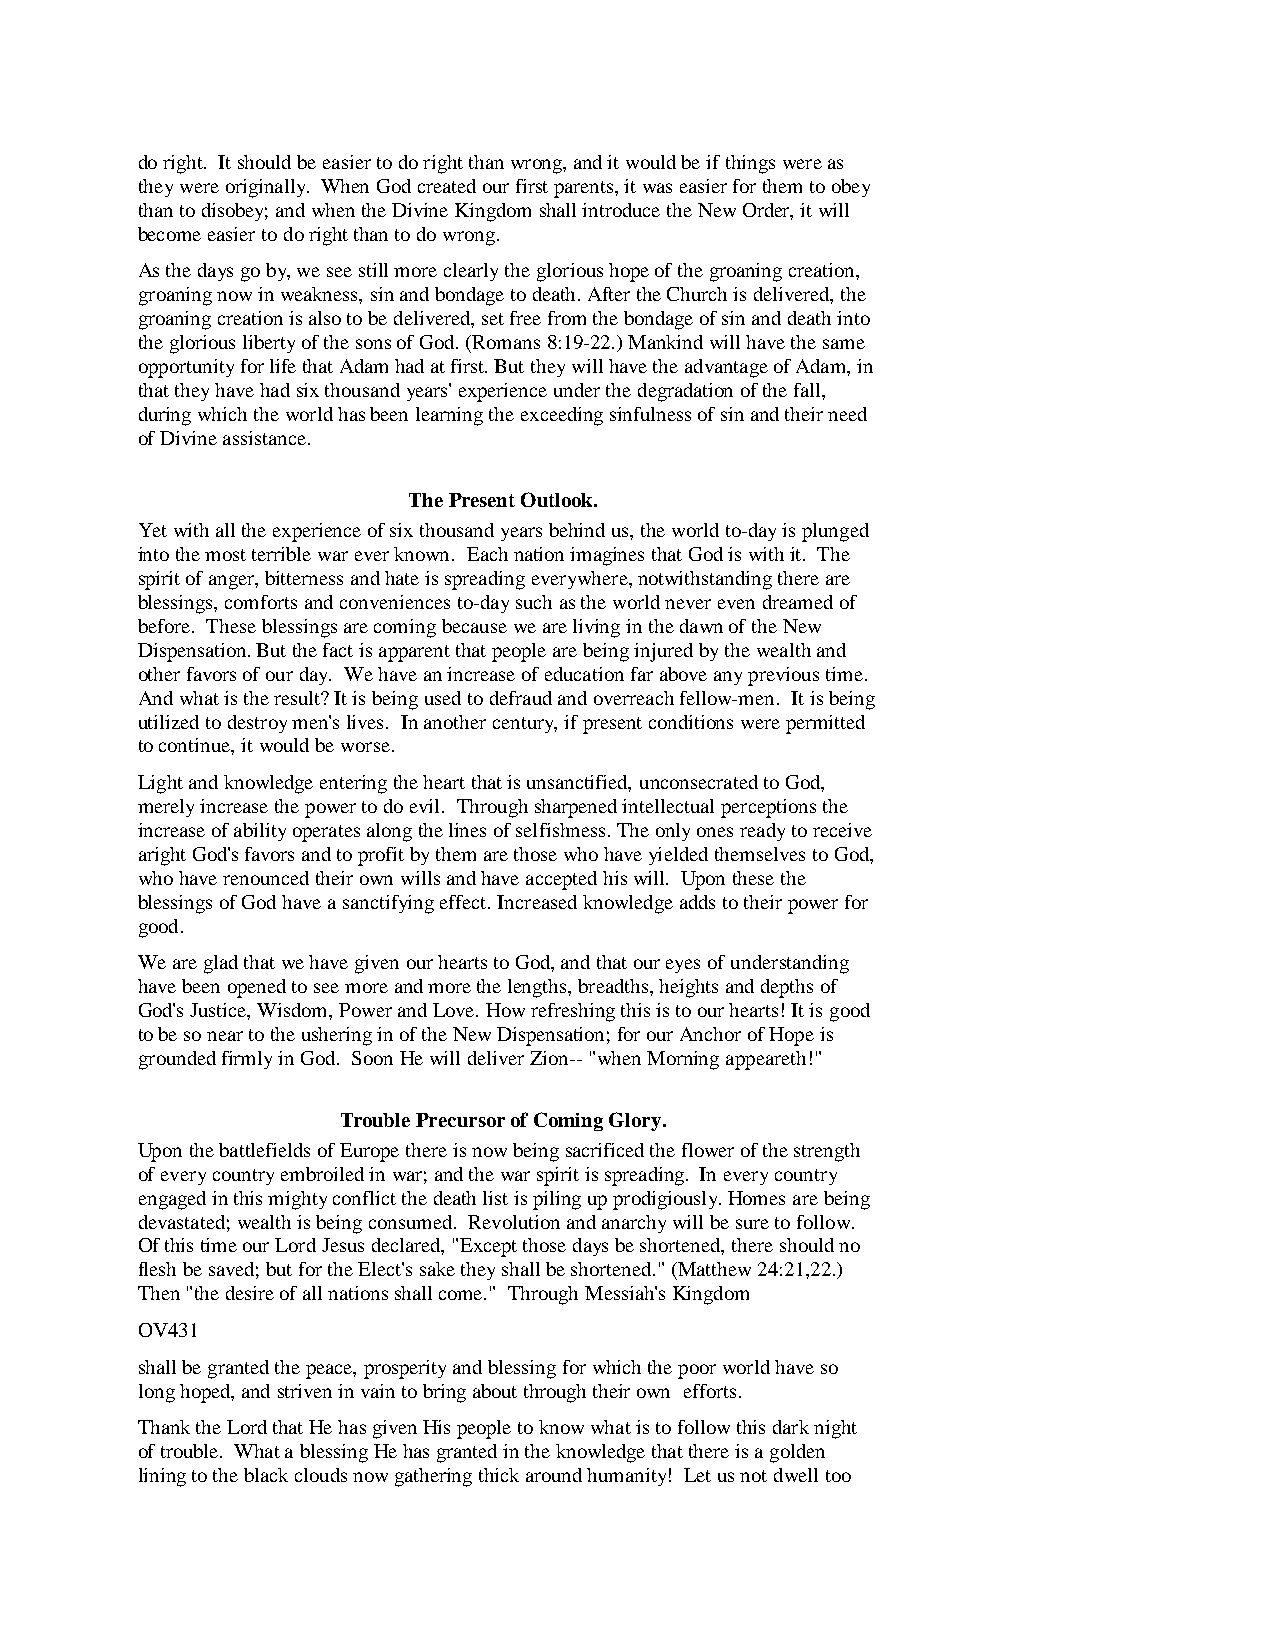
do right. It should be easier to do right than wrong, and it would be if things were as
 they were originally. When God created our first parents, it was easier for them to obey
 than to disobey; and when the Divine Kingdom shall introduce the New Order, it will
 become easier to do right than to do wrong.
 As the days go by, we see still more clearly the glorious hope of the groaning creation,
 groaning now in weakness, sin and bondage to death. After the Church is delivered, the
 groaning creation is also to be delivered, set free from the bondage of sin and death into
 the glorious liberty of the sons of God. (Romans 8:19-22.) Mankind will have the same
 opportunity for life that Adam had at first. But they will have the advantage of Adam, in
 that they have had six thousand years' experience under the degradation of the fall,
 during which the world has been learning the exceeding sinfulness of sin and their need
 of Divine assistance.
 The Present Outlook.
 Yet with all the experience of six thousand years behind us, the world to-day is plunged
 into the most terrible war ever known. Each nation imagines that God is with it. The
 spirit of anger, bitterness and hate is spreading everywhere, notwithstanding there are
 blessings, comforts and conveniences to-day such as the world never even dreamed of
 before. These blessings are coming because we are living in the dawn of the New
 Dispensation. But the fact is apparent that people are being injured by the wealth and
 other favors of our day. We have an increase of education far above any previous time.
 And what is the result? It is being used to defraud and overreach fellow-men. It is being
 utilized to destroy men's lives. In another century, if present conditions were permitted
 to continue, it would be worse.
 Light and knowledge entering the heart that is unsanctified, unconsecrated to God,
 merely increase the power to do evil. Through sharpened intellectual perceptions the
 increase of ability operates along the lines of selfishness. The only ones ready to receive
 aright God's favors and to profit by them are those who have yielded themselves to God,
 who have renounced their own wills and have accepted his will. Upon these the
 blessings of God have a sanctifying effect. Increased knowledge adds to their power for
 good.
 We are glad that we have given our hearts to God, and that our eyes of understanding
 have been opened to see more and more the lengths, breadths, heights and depths of
 God's Justice, Wisdom, Power and Love. How refreshing this is to our hearts! It is good
 to be so near to the ushering in of the New Dispensation; for our Anchor of Hope is
 grounded firmly in God. Soon He will deliver Zion-- "when Morning appeareth!"
 Trouble Precursor of Coming Glory.
 Upon the battlefields of Europe there is now being sacrificed the flower of the strength
 of every country embroiled in war; and the war spirit is spreading. In every country
 engaged in this mighty conflict the death list is piling up prodigiously. Homes are being
 devastated; wealth is being consumed. Revolution and anarchy will be sure to follow.
 Of this time our Lord Jesus declared, "Except those days be shortened, there should no
 flesh be saved; but for the Elect's sake they shall be shortened." (Matthew 24:21,22.)
 Then "the desire of all nations shall come." Through Messiah's Kingdom
 OV431
 shall be granted the peace, prosperity and blessing for which the poor world have so
 long hoped, and striven in vain to bring about through their own efforts.
 Thank the Lord that He has given His people to know what is to follow this dark night
 of trouble. What a blessing He has granted in the knowledge that there is a golden
 lining to the black clouds now gathering thick around humanity! Let us not dwell too